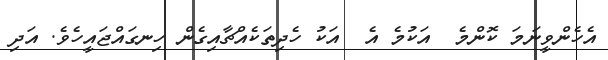
އެހެންވީނަމަ ކޮންމެ  އަކުމެ އެ  އަކު ހެދިތަކެއްޗާއިގެން ހިނގައްޖައީހެެވެ. އަދި